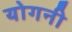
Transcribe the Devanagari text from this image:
योगनी